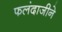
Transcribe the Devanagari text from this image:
फलंदाजीने